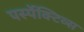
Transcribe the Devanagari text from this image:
पर्स्पेक्टिव्स